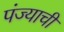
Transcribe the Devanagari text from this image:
पंज्याची